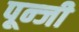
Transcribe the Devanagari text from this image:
पून्जी